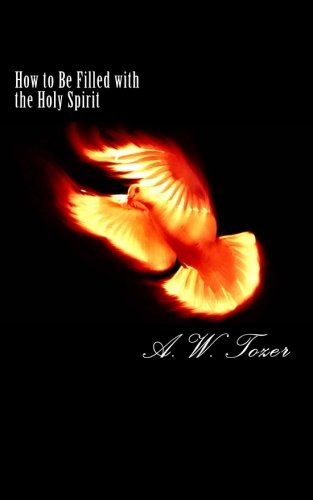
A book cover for How to Be Filled with the Holy Spirit; A. W. Tozer; Christian Books & Bibles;